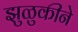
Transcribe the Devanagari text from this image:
झुळुकीने